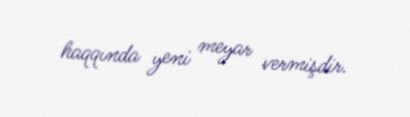
haqqında yeni meyar vermişdir.